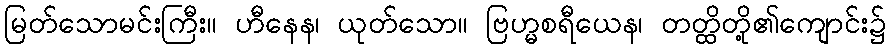
မြတ်သောမင်းကြီး။ ဟီနေန၊ ယုတ်သော။ ဗြဟ္မစရီယေန၊ တတ္ထိတို့၏ကျောင်း၌